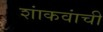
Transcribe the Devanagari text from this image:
शांकवांची